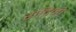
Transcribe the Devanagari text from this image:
रोटिनी